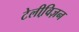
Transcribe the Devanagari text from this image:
टेलीवि़ज़न